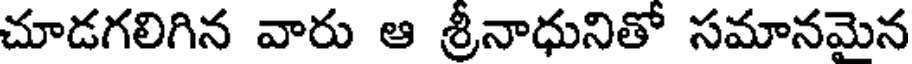
చూడగలిగిన వారు ఆ శ్రీనాధునితో సమానమైన